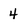
Character: 4